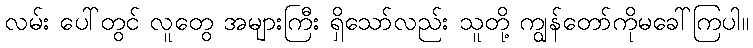
လမ်း ပေါ်တွင် လူတွေ အများကြီး ရှိသော်လည်း သူတို့ ကျွန်တော်ကိုမခေါ်ကြပါ။